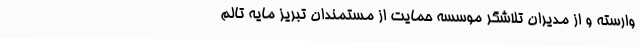
وارسته و از مدیران تلاشگر موسسه حمایت از مستمندان تبریز مایه تالم